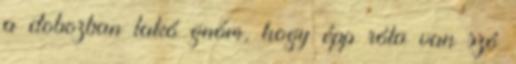
a dobozban lakó gnóm, hogy épp róla van szó